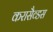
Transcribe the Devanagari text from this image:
करासैव्डस